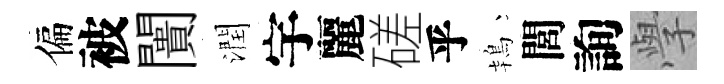
偏被闠潤宇麗磋乎鴇閭詢𭓕